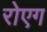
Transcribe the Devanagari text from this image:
रोएग